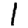
Digit: 1